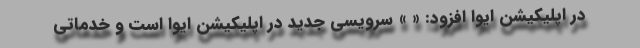
در اپلیکیشن ایوا افزود: « » سرویسی جدید در اپلیکیشن ایوا است و خدماتی